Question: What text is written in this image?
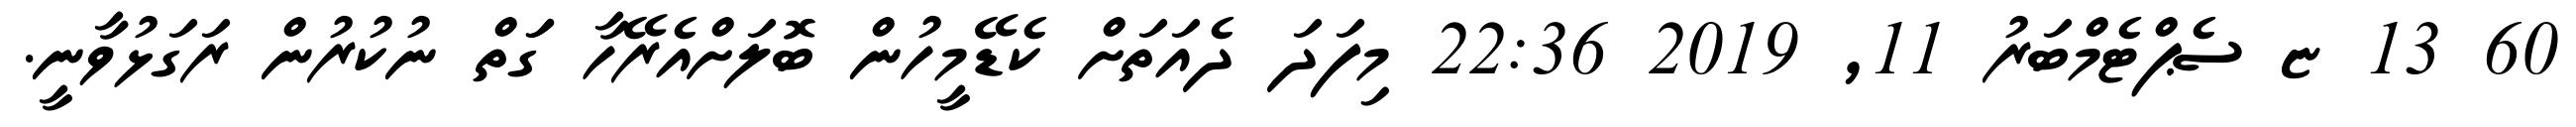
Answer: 60 13 ޏ ސެޕްޓެމްބަރު 11, 2019 22:36 މިފަދަ ދެއަތަށް ކެޑޭމީހުން ބޮލަށްއެރޭހާ ގަަތް ނުކުރުން ރަގަޅުވާނީ.